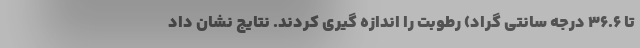
تا ۳۶.۶ درجه سانتی گراد) رطوبت را اندازه گیری کردند. نتایج نشان داد